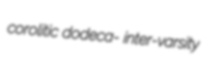
corolitic dodeca- inter-varsity